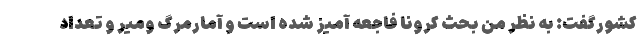
کشورگفت: به نظر من بحث کرونا فاجعه آمیز شده است و آمارمرگ ومیر و تعداد